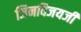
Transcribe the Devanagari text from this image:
जिनविजयजी